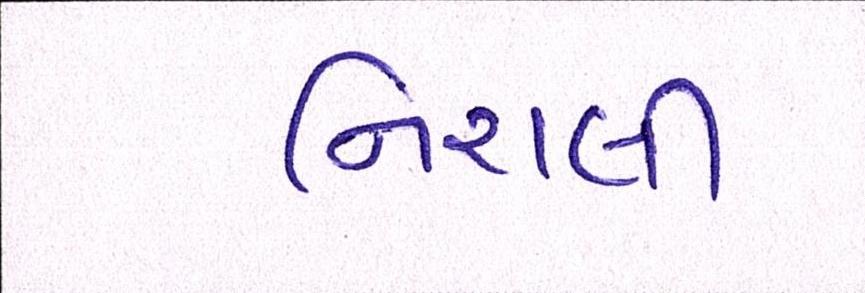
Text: નિરાલી